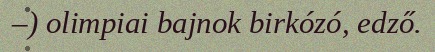
–) olimpiai bajnok birkózó, edző.